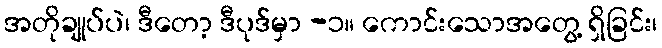
အတိုချုပ်ပဲ၊ ဒီတော့ ဒီပုဒ်မှာ -၁။ ကောင်းသောအတွေ့ ရှိခြင်း၊